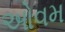
ઓવમ